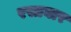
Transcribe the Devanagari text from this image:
रसाघार